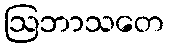
ဩဘာသတေ